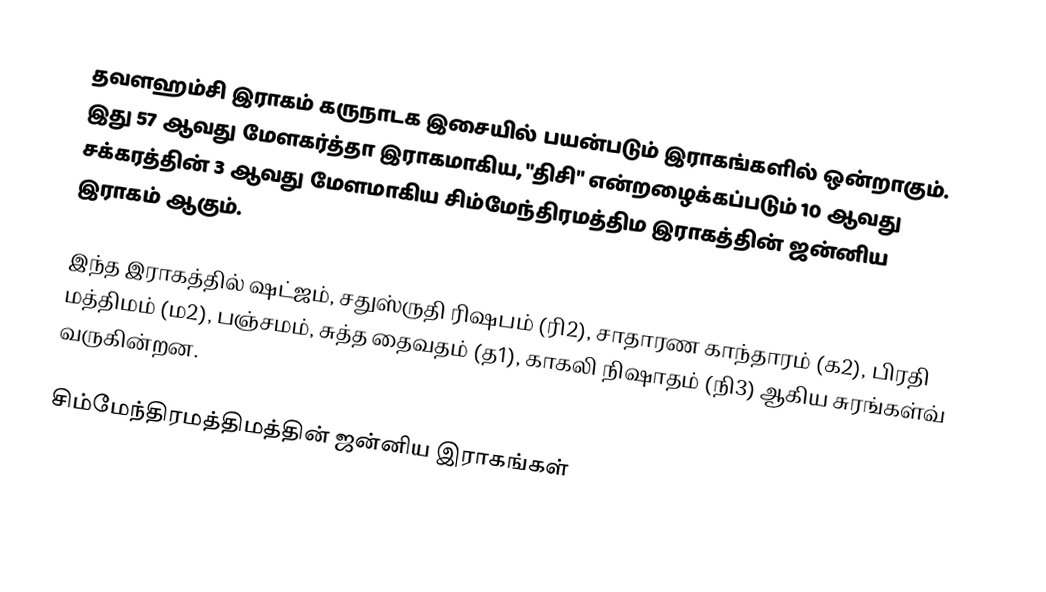
தவளஹம்சி இராகம் கருநாடக இசையில் பயன்படும் இராகங்களில் ஒன்றாகும். இது 57 ஆவது மேளகர்த்தா இராகமாகிய, "திசி" என்றழைக்கப்படும் 10 ஆவது சக்கரத்தின் 3 ஆவது மேளமாகிய சிம்மேந்திரமத்திம இராகத்தின் ஜன்னிய இராகம் ஆகும்.

இந்த இராகத்தில் ஷட்ஜம், சதுஸ்ருதி ரிஷபம் (ரி2),  சாதாரண காந்தாரம் (க2), பிரதி மத்திமம் (ம2), பஞ்சமம்,  சுத்த தைவதம் (த1), காகலி நிஷாதம்  (நி3) ஆகிய சுரங்கள்வ் வருகின்றன.

சிம்மேந்திரமத்திமத்தின் ஜன்னிய இராகங்கள்